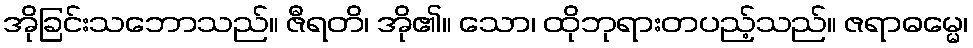
အိုခြင်းသဘောသည်။ ဇီရတိ၊ အို၏။ သော၊ ထိုဘုရားတပည့်သည်။ ဇရာဓမ္မေ၊